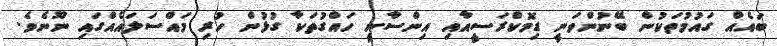
ބައެއް ގައުމުތަކުން ބޭނުންވަނީ ޑިމޮކްރަސީއާއި އިންސާނީ ހައްގުތަކާ ގުޅުން ހުރި މައްސަލައެއްގައި ނޫނެވެ.